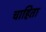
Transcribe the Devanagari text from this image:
चाहिता